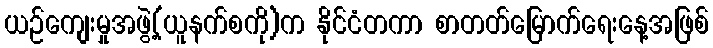
ယဉ်ကျေးမှုအဖွဲ့(ယူနက်စကို)က နိုင်ငံတကာ စာတတ်မြောက်ရေးနေ့အဖြစ်